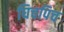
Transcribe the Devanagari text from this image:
घिचपिच